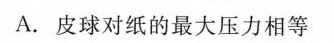
A皮球对纸的最大压力相等